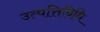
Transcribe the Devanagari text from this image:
उत्पत्तिविधि